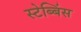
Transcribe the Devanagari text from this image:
स्टेब्बिंस